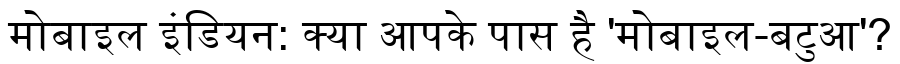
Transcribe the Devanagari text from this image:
मोबाइल इंडियन: क्या आपके पास है 'मोबाइल-बटुआ'?